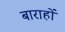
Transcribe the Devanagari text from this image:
बाराहों